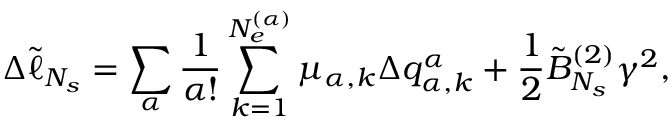
\Delta \tilde { \ell } _ { N _ { s } } = \sum _ { \alpha } \frac { 1 } { \alpha ! } \sum _ { k = 1 } ^ { N _ { e } ^ { ( \alpha ) } } { \mu _ { \alpha , k } \Delta q _ { \alpha , k } ^ { \alpha } } + \frac { 1 } { 2 } \tilde { B } _ { N _ { s } } ^ { ( 2 ) } \gamma ^ { 2 } ,